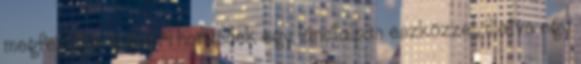
megfelelően a győri honvédek egy lánctalpas eszközzel, illetve egy